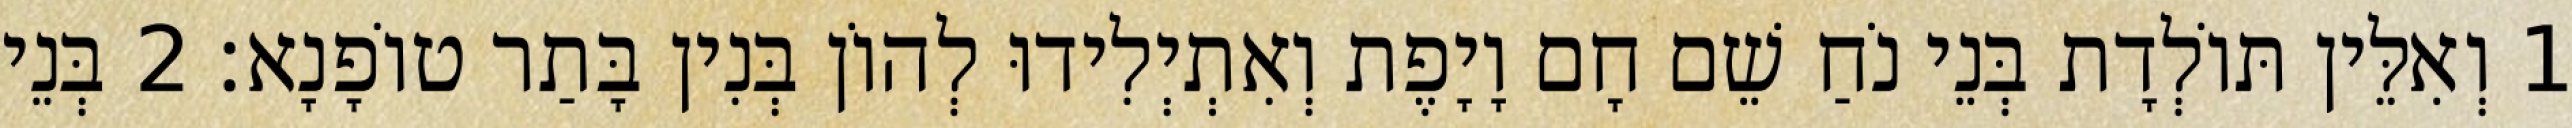
1 וְאִלֵּין תּוֹלְדָת בְּנֵי נֹחַ שֵׁם חָם וָיָפֶת וְאִתְיְלִידוּ לְהוֹן בְּנִין בָּתַר טוֹפָנָא׃ 2 בְּנֵי